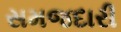
સમજદારી